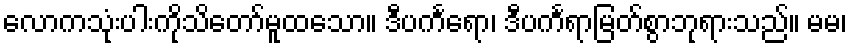
လောကသုံးပါးကိုသိတော်မူထသော။ ဒီပင်္ကရော၊ ဒီပင်္ကရာမြတ်စွာဘုရားသည်။ မမ၊